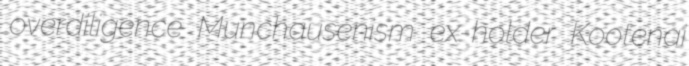
overdiligence Munchausenism ex-holder Kootenai